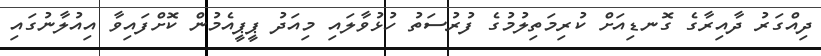
ދިއްގަރު ދާއިރާގެ ގޮނޑިއަށް ކުރިމަތިލުމުގެ ފުރުސަތު ހުޅުވާލައި މިއަދު ޕީޕީއެމުން ކޮށްފައިވާ އިއުލާނުގައި